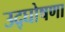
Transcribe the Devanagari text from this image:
उद्‌घोषणा